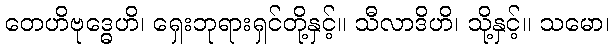
တေဟိဗုဒ္ဓေဟိ၊ ရှေးဘုရားရှင်တို့နှင့်။ သီလာဒိဟိ၊ သို့နှင့်။ သမော၊